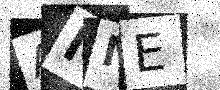
Text: AMNE